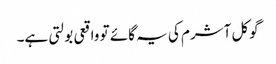
گوکل آشرم کی یہ گائے تو واقعی بولتی ہے۔